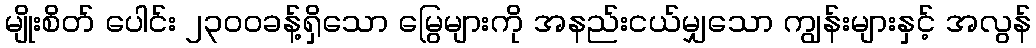
မျိုးစိတ် ပေါင်း ၂၃၀၀ခန့်ရှိသော မြွေများကို အနည်းငယ်မျှသော ကျွန်းများနှင့် အလွန်